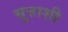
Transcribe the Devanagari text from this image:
सुत्ताशी